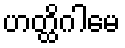
ဟတ္ထိဂါမေ